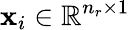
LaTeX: \mathbf{x}_{i}\in\mathbb{R}^{n_{r}\times 1}